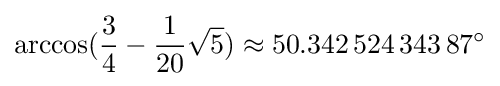
\arccos({\frac {3}{4}}-{\frac {1}{20}}{\sqrt {5}})\approx 50.342\,524\,343\,87^{\circ }